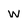
Character: w